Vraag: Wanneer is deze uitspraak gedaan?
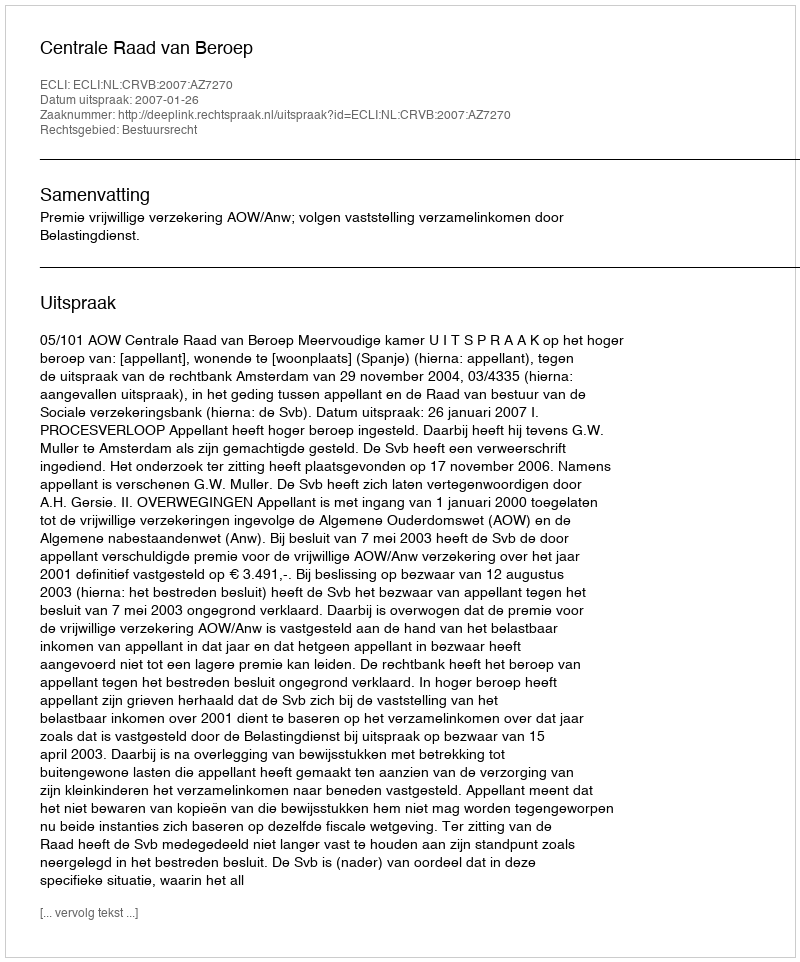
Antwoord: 2007-01-26